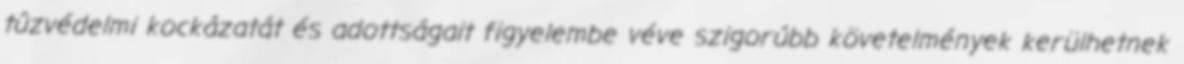
tûzvédelmi kockázatát és adottságait figyelembe véve szigorúbb követelmények kerülhetnek